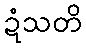
ဍံသတိ